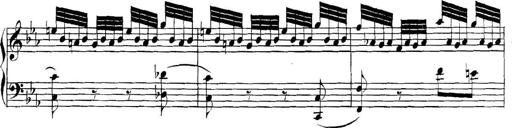
Title: Collected Piano Sonatas
Composer: Muzio Clementi